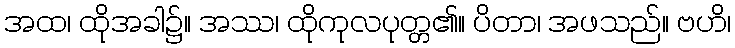
အထ၊ ထိုအခါ၌။ အဿ၊ ထိုကုလပုတ္တ၏။ ပိတာ၊ အဖသည်။ ဗဟိ၊